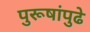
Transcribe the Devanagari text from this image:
पुरूषांपुढे